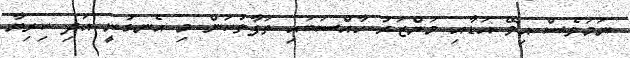
ނަމަވެސް އިވޭ އަޑާއި މަންޒަރު ހާއްސަބައި ތަފާތުކަން މި އެނގުނީ އަދި ކިރިޔާ